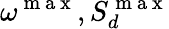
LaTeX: \omega^{\mathrm{~m~a~x~}},S_{d}^{\mathrm{~m~a~x~}}